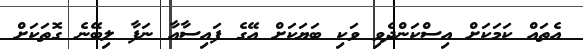
އެތައް ކަމަކަށް އިސްކަންދެވި ވަކި ބަޔަކަށް އޭގެ ފައިސާއާ ނަފާ ލިބޭނެ ގޮތަކަށް